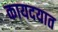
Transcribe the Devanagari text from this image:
कायदयात